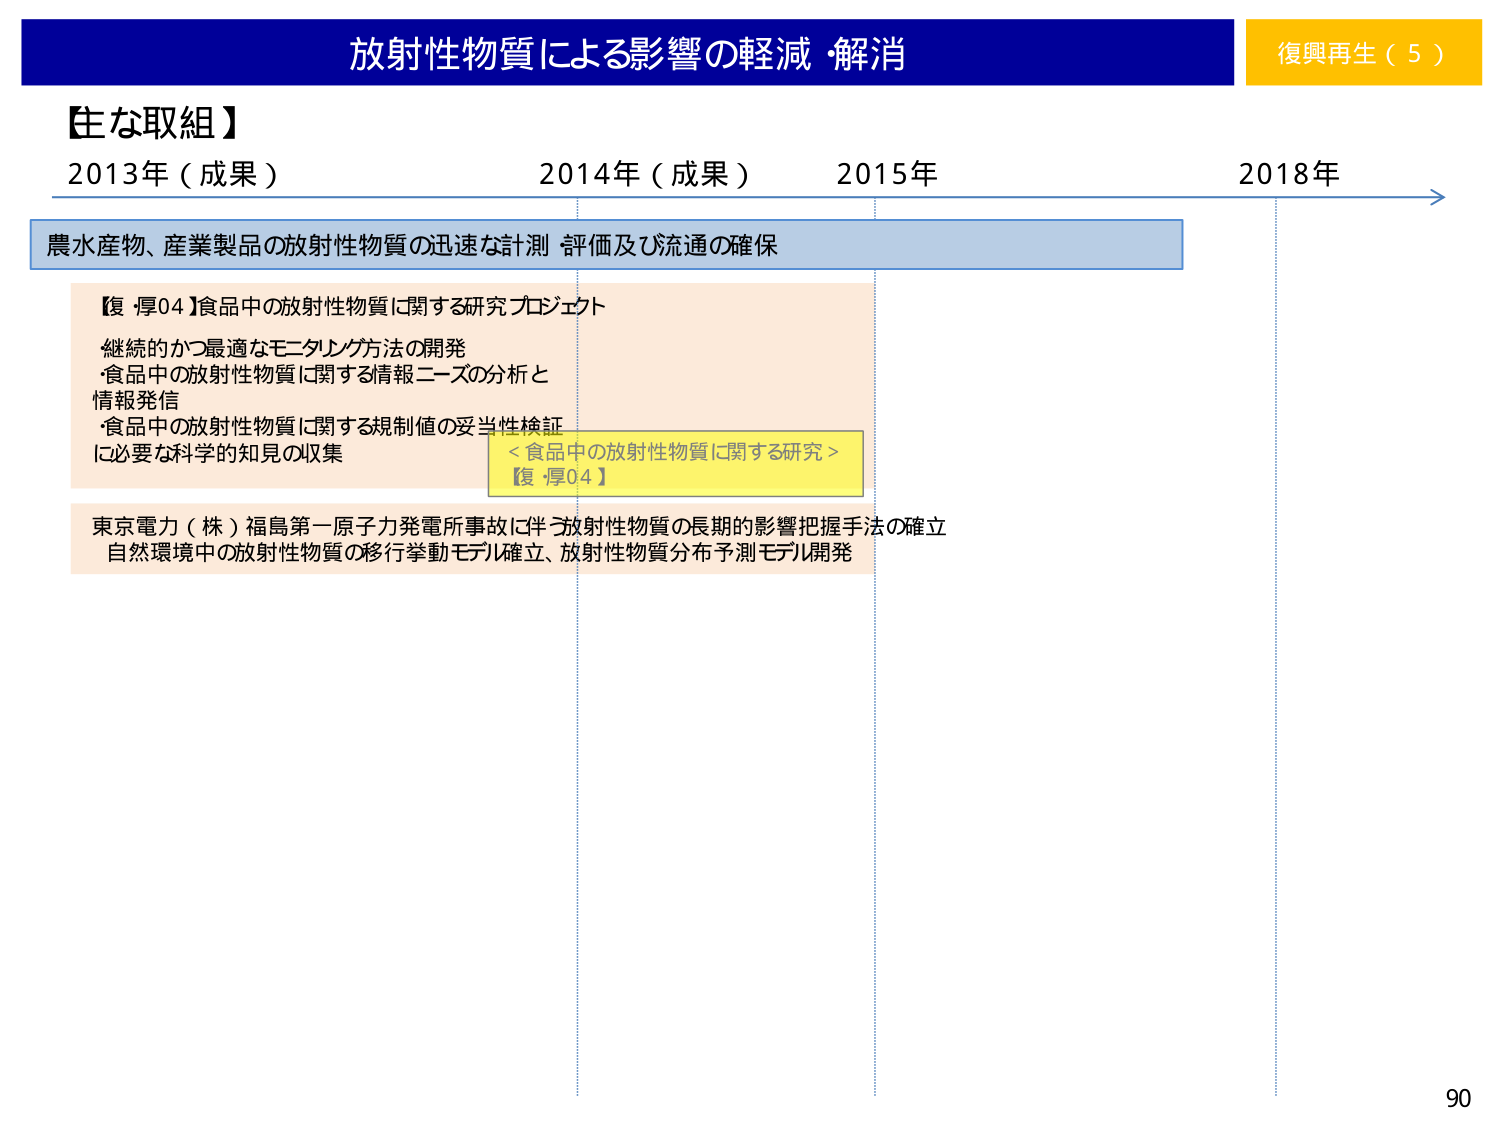
放射性物質による影響の軽減・解消
復興再生（5）

【主な取組】
2013年（成果）　2014年（成果）　2015年　2018年

農水産物、産業製品の放射性物質の迅速な計測・評価及び流通の確保

【復・厚04】食品中の放射性物質に関する研究プロジェクト
・継続的かつ最適なモニタリング方法の開発
・食品中の放射性物質に関する情報ニーズの分析と情報発信
・食品中の放射性物質に関する規制値の妥当性検証に必要な科学的知見の収集

＜食品中の放射性物質に関する研究＞
【復・厚04】

東京電力（株）福島第一原子力発電所事故に伴う放射性物質の長期的影響把握手法の確立
自然環境中の放射性物質の移行挙動モデル確立、放射性物質分布予測モデル開発

90